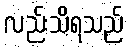
လည်းသိရသည်